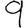
Digit: 9